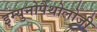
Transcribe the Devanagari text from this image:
इम्युनोपैथोलोजी